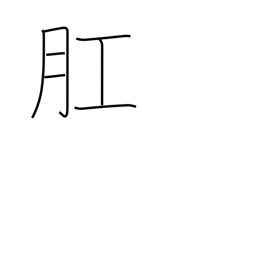
Meaning: anus